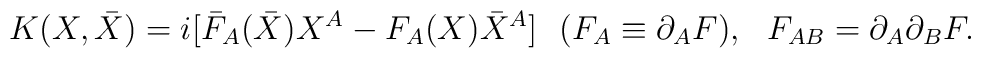
K(X,\bar{X})=i[\bar{F}_A(\bar{X})X^A -F_A(X)\bar{X}^A]\ \ (F_A\equiv\partial_A F), \ \ F_{AB} = \partial_A\partial_B F.